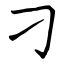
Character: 刁